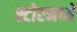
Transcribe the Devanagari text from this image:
स्टोरमध्ये